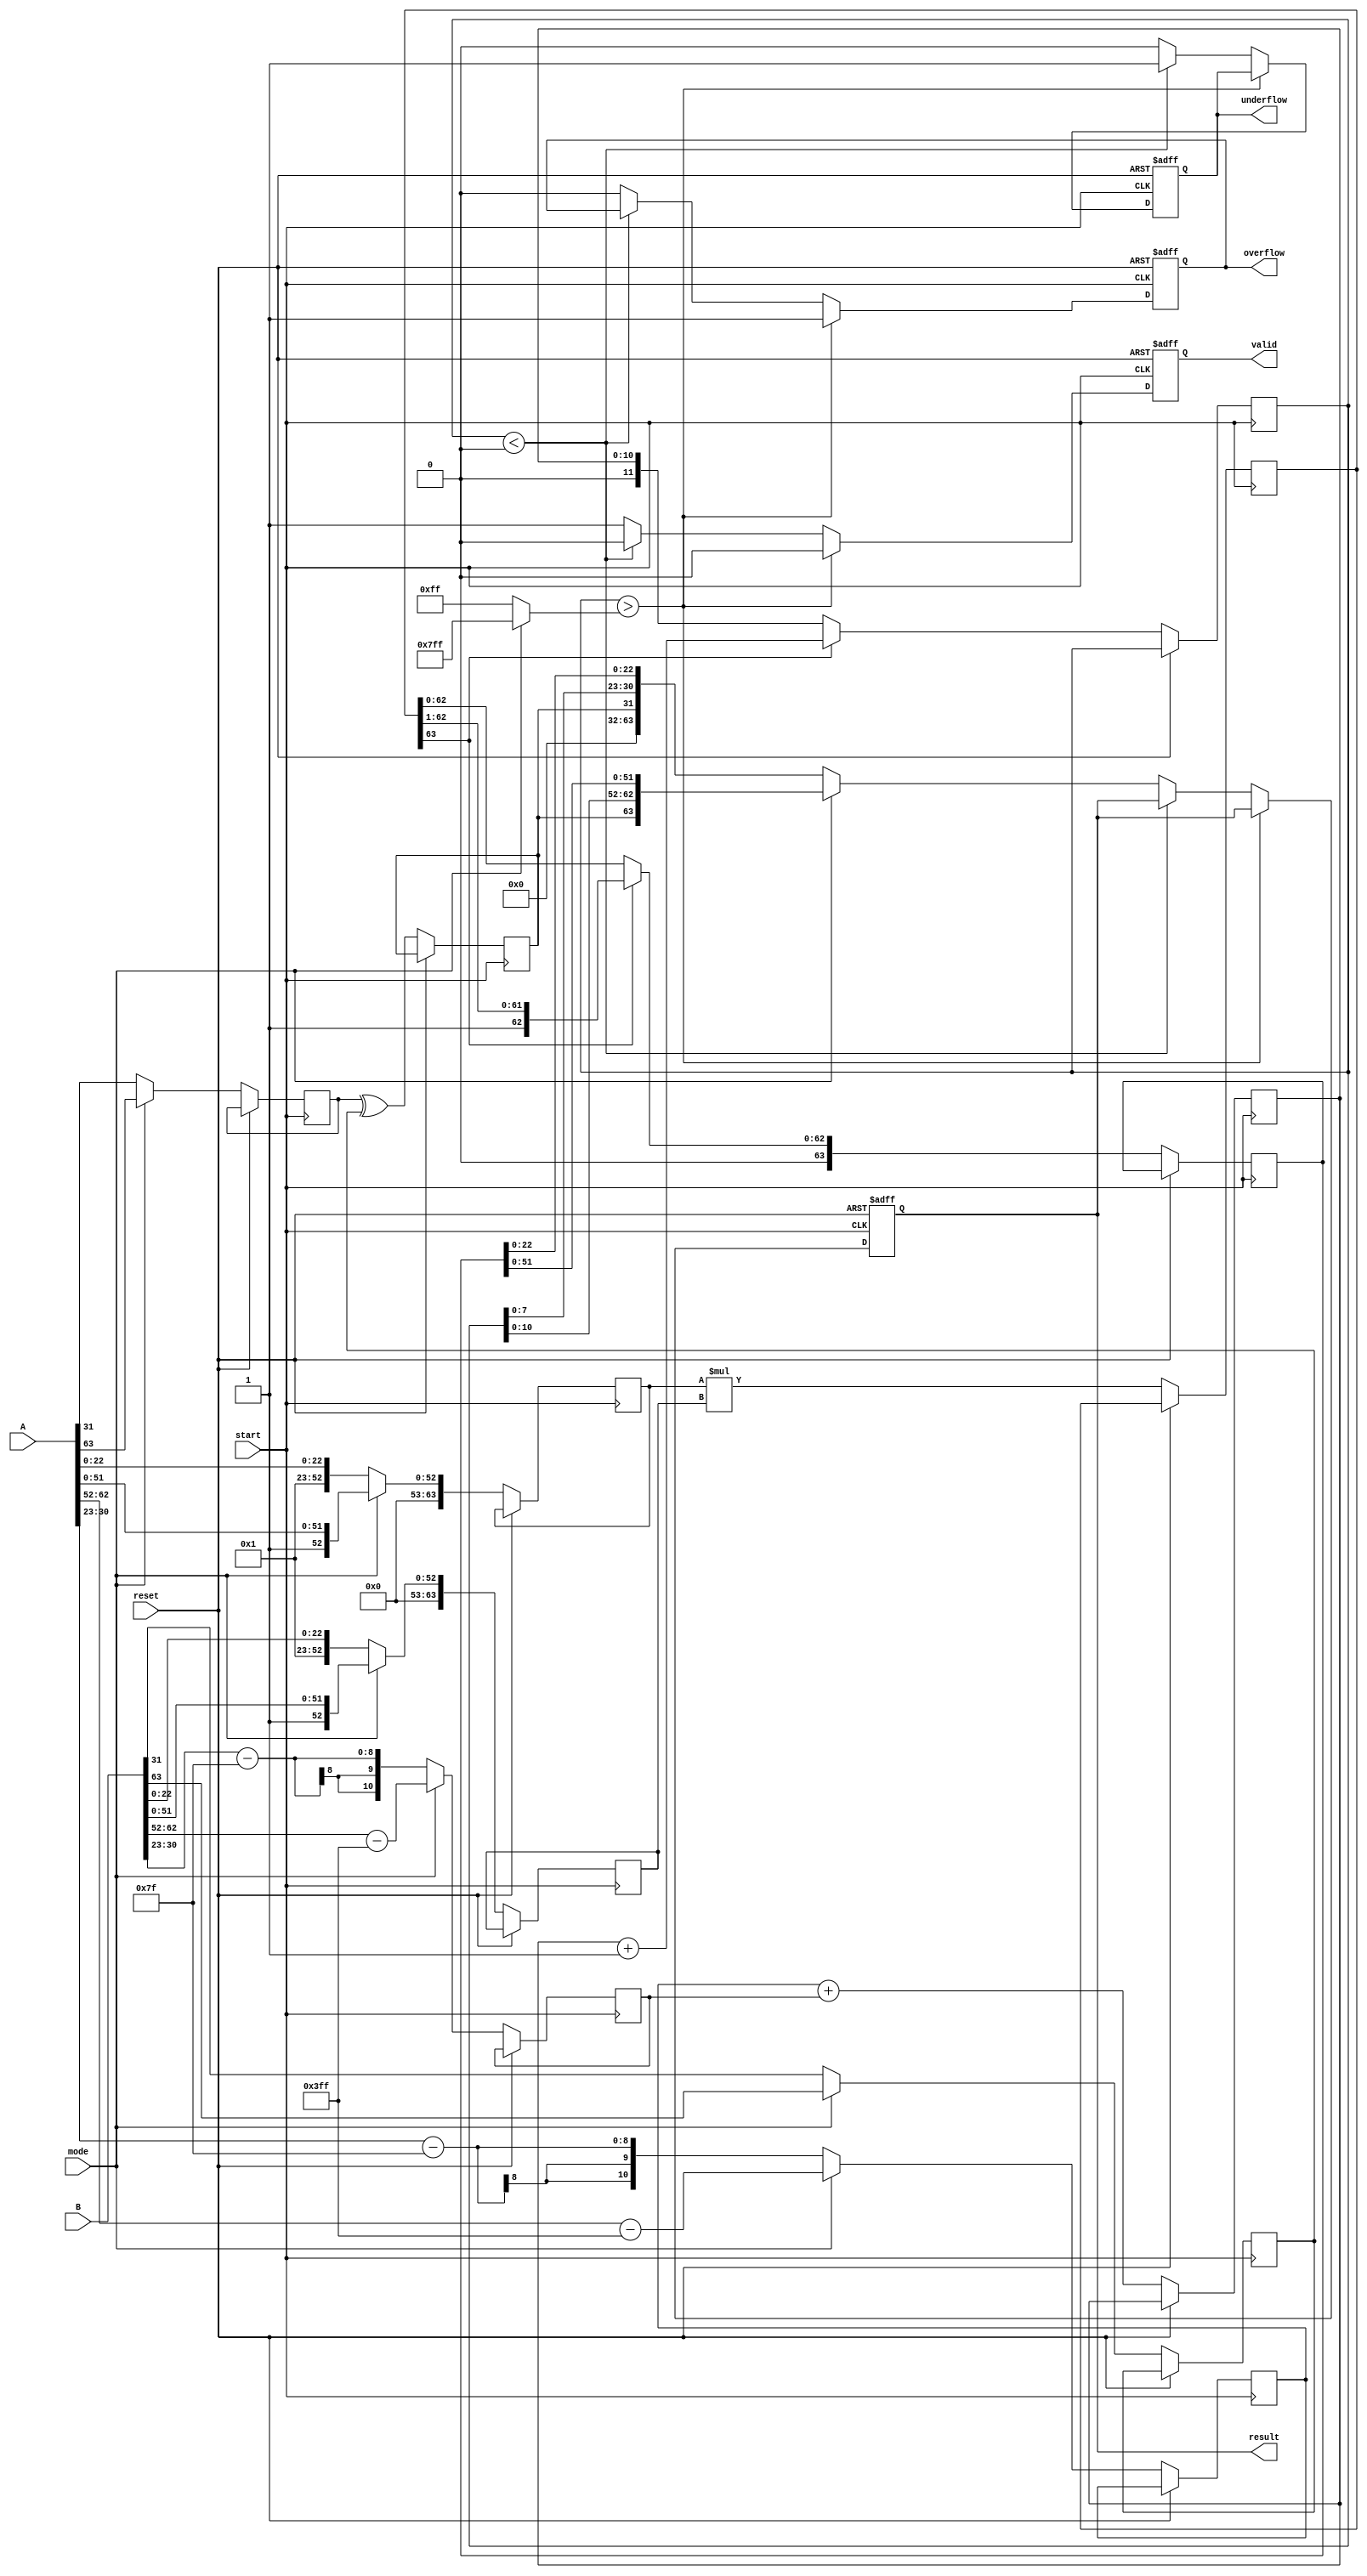
module floating_point_multiplier (
    input wire [63:0] A, // Input A (64 bits for double precision)
    input wire [63:0] B, // Input B (64 bits for double precision)
    input wire start,     // Start signal
    input wire reset,     // Reset signal
    input wire mode,      // Mode: 0 for single precision, 1 for double precision
    output reg [63:0] result, // Result (64 bits for double precision)
    output reg valid,     // Output valid signal
    output reg overflow,  // Overflow flag
    output reg underflow  // Underflow flag
);

    // Constants for bias
    localparam SINGLE_BIAS = 8'd127;
    localparam DOUBLE_BIAS = 11'd1023;

    // Internal signals
    reg [1:0] state; // State machine for control
    reg [63:0] mantissa_A, mantissa_B, mantissa_product;
    reg [10:0] exponent_A, exponent_B, exponent_result;
    reg sign_A, sign_B, sign_result;
    reg [11:0] exponent_adjusted; // Adjusted exponent for normalization
    reg [63:0] normalized_mantissa;

    // Decompose inputs
    always @(posedge start or posedge reset) begin
        if (reset) begin
            result <= 0;
            valid <= 0;
            overflow <= 0;
            underflow <= 0;
            state <= 0;
        end else begin
            if (mode) begin // Double precision
                sign_A <= A[63];
                exponent_A <= A[62:52] - DOUBLE_BIAS;
                mantissa_A <= {1'b1, A[51:0]}; // Implicit leading 1
                sign_B <= B[63];
                exponent_B <= B[62:52] - DOUBLE_BIAS;
                mantissa_B <= {1'b1, B[51:0]}; // Implicit leading 1
            end else begin // Single precision
                sign_A <= A[31];
                exponent_A <= A[30:23] - SINGLE_BIAS;
                mantissa_A <= {1'b1, A[22:0]}; // Implicit leading 1
                sign_B <= B[31];
                exponent_B <= B[30:23] - SINGLE_BIAS;
                mantissa_B <= {1'b1, B[22:0]}; // Implicit leading 1
            end

            // Calculate product
            mantissa_product <= mantissa_A * mantissa_B;
            exponent_result <= exponent_A + exponent_B;

            // Determine sign of the result
            sign_result <= sign_A ^ sign_B;

            // Normalize the result
            if (mantissa_product[63]) begin // If the product is greater than 1
                normalized_mantissa <= mantissa_product >> 1; // Right shift
                exponent_adjusted <= exponent_result + 1; // Increase exponent
            end else begin
                normalized_mantissa <= mantissa_product; // Already normalized
                exponent_adjusted <= exponent_result;
            end

            // Check for overflow and underflow
            if (exponent_adjusted > (mode ? 11'd2047 : 8'd255)) begin
                overflow <= 1;
                valid <= 0;
            end else if (exponent_adjusted < (mode ? 11'd0 : 8'd0)) begin
                underflow <= 1;
                valid <= 0;
            end else begin
                overflow <= 0;
                underflow <= 0;
                valid <= 1;

                // Assemble the result
                if (mode) begin // Double precision
                    result <= {sign_result, exponent_adjusted[10:0], normalized_mantissa[51:0]};
                end else begin // Single precision
                    result <= {sign_result, exponent_adjusted[7:0], normalized_mantissa[22:0]};
                end
            end
        end
    end
endmodule